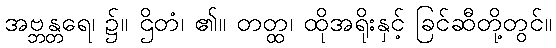
အဗ္ဘန္တရေ၊ ၌။ ဌိတံ၊ ၏။ တတ္ထ၊ ထိုအရိုးနှင့် ခြင်ဆီတို့တွင်။